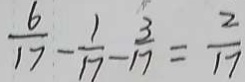
\frac { 6 } { 1 7 } - \frac { 1 } { 1 7 } - \frac { 3 } { 1 7 } = \frac { 2 } { 1 7 }